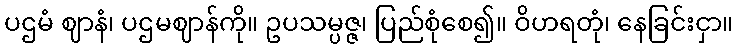
ပဌမံ ဈာနံ၊ ပဌမဈာန်ကို။ ဥပသမ္ပဇ္ဇ၊ ပြည်စုံစေ၍။ ဝိဟရတုံ၊ နေခြင်းငှာ။